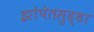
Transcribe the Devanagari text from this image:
झोपेतसुद्धा